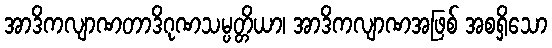
အာဒိကလျာဏတာဒိဂုဏသမ္ပတ္တိယာ၊ အာဒိကလျာဏအဖြစ် အစရှိသော